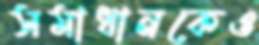
সমাধানকেও